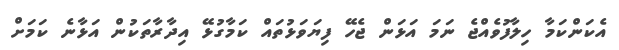
އެކަންކަމާ ހިލާފުވެއްޖެ ނަމަ އަޅަން ޖެހޭ ފިޔަވަޅުތައް ކަމާގުޅޭ އިދާރާތަކުން އަޅާނެ ކަަމަށް